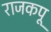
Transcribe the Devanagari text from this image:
राजकपू